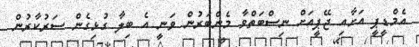
އެމްޑީޕީ އަށާއި ޖޭޕީއަށް ނިސްބަތްވާ މެންބަރުން ވަނީ އެ ބިލާ ގުޅިގެން ސަރުކާރުން